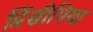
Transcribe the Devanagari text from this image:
प्रिंसीपिया